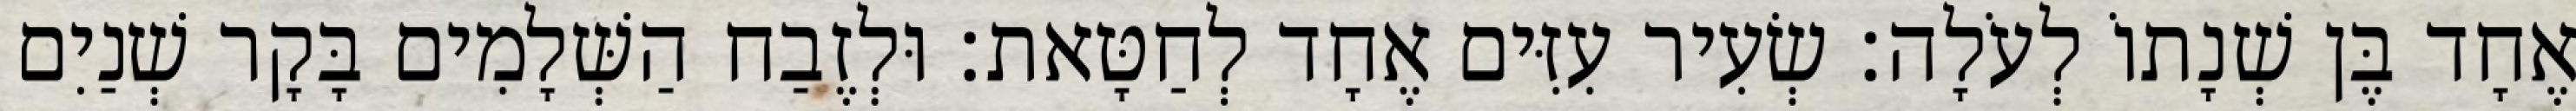
אֶחָד בֶּן שְׁנָתוֹ לְעֹלָה׃ שְׂעִיר עִזִּים אֶחָד לְחַטָּאת׃ וּלְזֶבַח הַשְּׁלָמִים בָּקָר שְׁנַיִם